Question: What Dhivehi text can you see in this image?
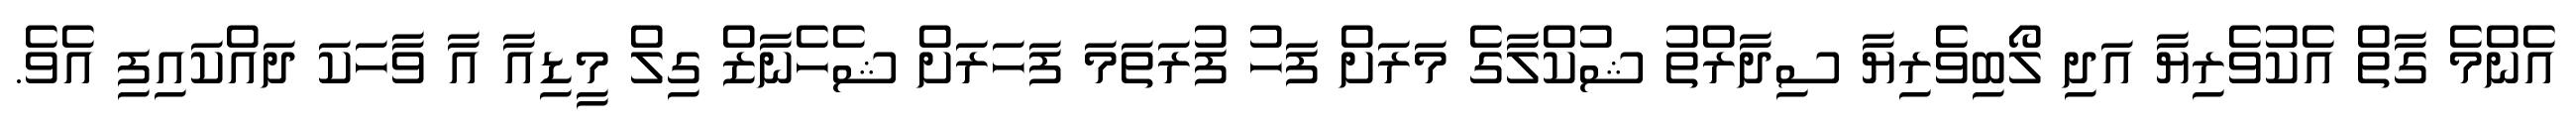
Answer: އެންމެ ގާތް އެކުވެރިޔާ އަދި ލޯބިވެރިޔާ ސިދާރްތު ޝުކްލާގެ މަރަށް ފަހު ފުރަތަމަ ފަހަރަށް ޝެހެނާޒް ގިލް މީޑިއާ އާ ވާހަކަ ދައްކައިފި އެވެ.